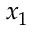
x _ { 1 }